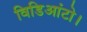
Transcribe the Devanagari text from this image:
विडिआंटो।